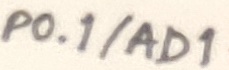
Text: P0.1/AD1